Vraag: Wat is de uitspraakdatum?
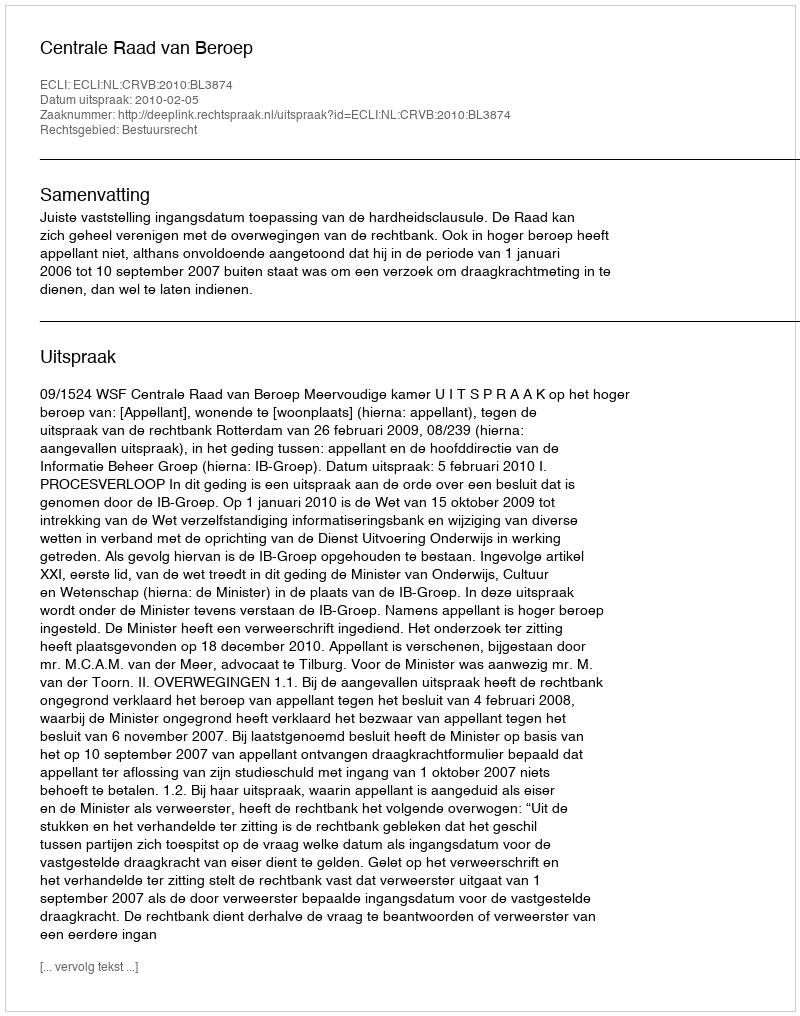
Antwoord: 2010-02-05